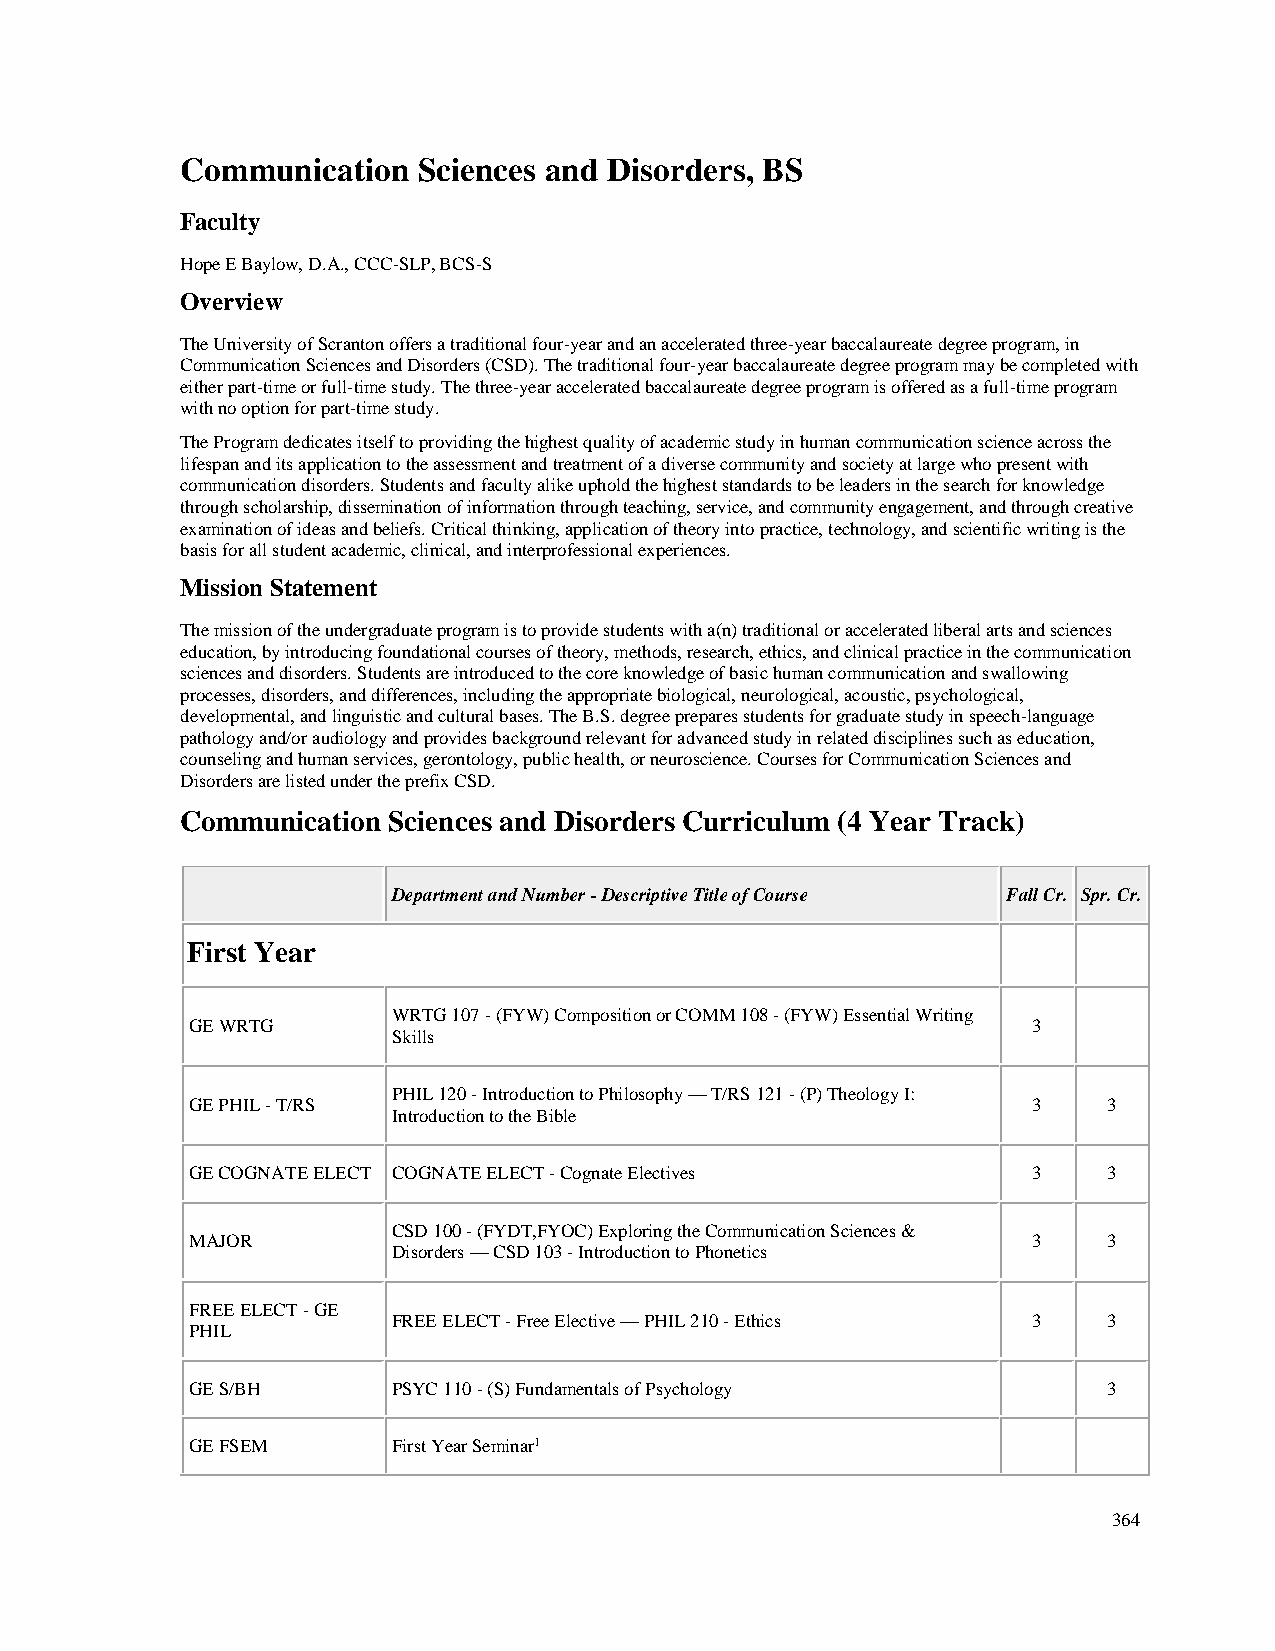
Communication   Sciences and Disorders, BS
 Faculty
 Hope E Baylow, D.A., CCC-SLP, BCS-S
 Overview
 The University of Scranton offers a traditional four-year and an accelerated three-year baccalaureate degree program, in
 Communication Sciences and Disorders (CSD). The traditional four-year baccalaureate degree program may be completed with
 either part-time or full-time study. The three-year accelerated baccalaureate degree program is offered as a full-time program
 with no option for part-time study.
 The Program dedicates itself to providing the highest quality of academic study in human communication science across the
 lifespan and its application to the assessment and treatment of a diverse community and society at large who present with
 communication disorders. Students and faculty alike uphold the highest standards to be leaders in the search for knowledge
 through scholarship, dissemination of information through teaching, service, and community engagement, and through creative
 examination of ideas and beliefs. Critical thinking, application of theory into practice, technology, and scientific writing is the
 basis for all student academic, clinical, and interprofessional experiences.
 Mission Statement
 The mission of the undergraduate program is to provide students with a(n) traditional or accelerated liberal arts and sciences
 education, by introducing foundational courses of theory, methods, research, ethics, and clinical practice in the communication
 sciences and disorders. Students are introduced to the core knowledge of basic human communication and swallowing
 processes, disorders, and differences, including the appropriate biological, neurological, acoustic, psychological,
 developmental, and linguistic and cultural bases. The B.S. degree prepares students for graduate study in speech-language
 pathology and/or audiology and provides background relevant for advanced study in related disciplines such as education,
 counseling and human services, gerontology, public health, or neuroscience. Courses for Communication Sciences and
 Disorders are listed under the prefix CSD.
 Communication Sciences and Disorders Curriculum (4 Year Track)
 Department and Number - Descriptive Title of Course Fall Cr. Spr. Cr.
 First Year
 WRTG 107 - (FYW) Composition or COMM 108 - (FYW) Essential Writing
 GE WRTG                                                3
 Skills
 PHIL 120 - Introduction to Philosophy — T/RS 121 - (P) Theology I:
 GE PHIL - T/RS                                         3    3
 Introduction to the Bible
 GE COGNATE ELECT COGNATE ELECT - Cognate Electives     3    3
 CSD 100 - (FYDT,FYOC) Exploring the Communication Sciences &
 MAJOR                                                  3    3
 Disorders — CSD 103 - Introduction to Phonetics
 FREE ELECT - GE
 FREE ELECT - Free Elective — PHIL 210 - Ethics 3 3
 PHIL
 GE S/BH      PSYC 110 - (S) Fundamentals of Psychology      3
 GE FSEM      First Year Seminar1
 364